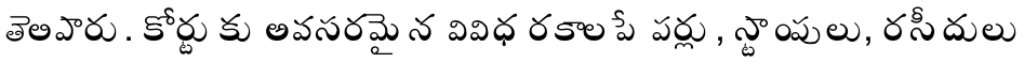
తెలిపారు. కోర్టుకు అవసరమైన వివిధ రకాల పేపర్లు, స్టాంపులు, రసీదులు